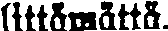
littämättä.